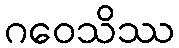
ဂဝေသိဿ